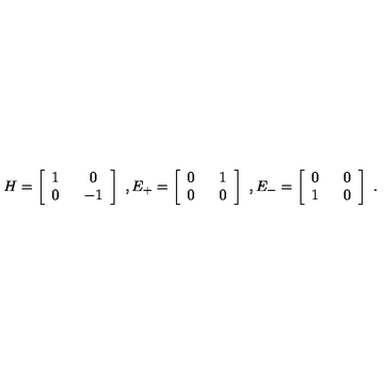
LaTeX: H = \left[ \begin{array} { c c } { 1 \ } & { \ 0 } \\ { 0 \ } & { \ - 1 } \\ \end{array} \right] \ , E _ { + } = \left[ \begin{array} { c c } { 0 \ } & { \ 1 } \\ { 0 \ } & { \ 0 } \\ \end{array} \right] \ , E _ { - } = \left[ \begin{array} { c c } { 0 \ } & { \ 0 } \\ { 1 \ } & { \ 0 } \\ \end{array} \right] \ .